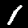
Label: 1